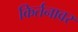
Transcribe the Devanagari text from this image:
किर्तनावर